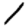
Digit: 1